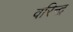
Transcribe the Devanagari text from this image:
वरिन्द्र